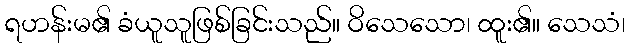
ရဟန်းမ၏ ခံယူသူဖြစ်ခြင်းသည်။ ဝိသေသော၊ ထူး၏။ သေသံ၊